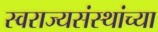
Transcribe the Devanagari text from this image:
स्वराज्यसंस्थांच्या